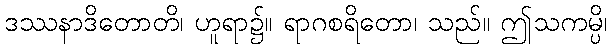
ဒဿနာဒိတောတိ၊ ဟူရာ၌။ ရာဂစရိတော၊ သည်။ ဤသကမ္ပိ၊